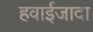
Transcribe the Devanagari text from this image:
हवाईजादा